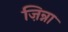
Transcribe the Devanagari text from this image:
ज़िन्ना